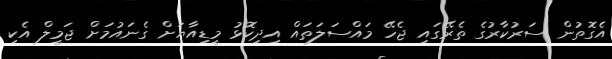
އެގޮތުން ސަރުކާރުގެ ތެރޭގައި ޖެހޭ މައްސަލަތައް އިދިކޮޅު މީޑިއާޔަށް ގެނައުމަށް ޖަމީލް އެކި